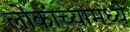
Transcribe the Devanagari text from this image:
लोकांच्यामध्ये